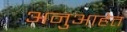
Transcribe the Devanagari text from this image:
अनुआहेत